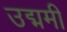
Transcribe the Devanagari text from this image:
उद्ममी